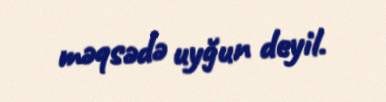
məqsədə uyğun deyil.